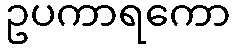
ဥပကာရကော